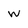
Character: w